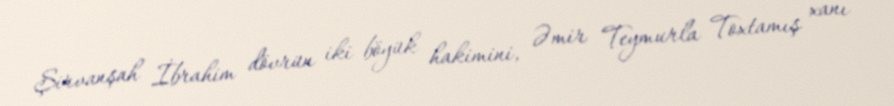
Şirvanşah İbrahim dövrün iki böyük hakimini, Əmir Teymurla Toxtamış xanı